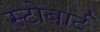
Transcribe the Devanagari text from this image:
स्टोबार्ट